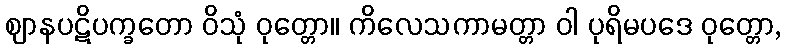
ဈာနပဋိပက္ခတော ဝိသုံ ဝုတ္တော။ ကိလေသကာမတ္တာ ဝါ ပုရိမပဒေ ဝုတ္တော,